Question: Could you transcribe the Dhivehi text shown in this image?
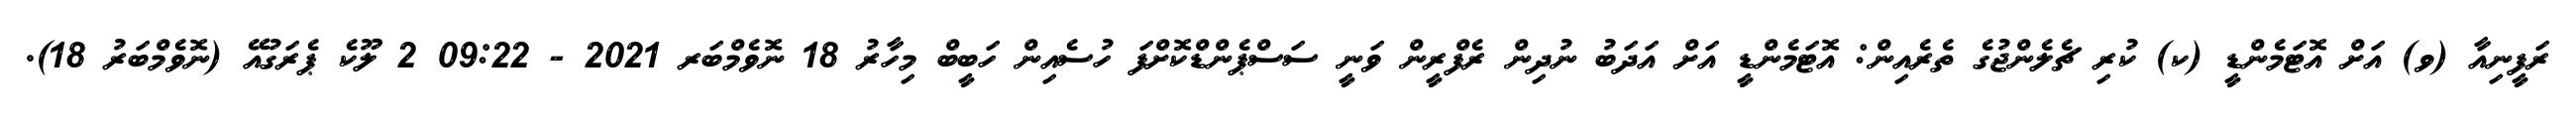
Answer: ރަފީނިއާ (ވ) އަށް އޮޓަމެންޑީ (ކ) ކުރި ޗެލެންޖުގެ ތެރެއިން: އޮޓަމެންޑީ އަށް އަދަބު ނުދިން ރެފްރީން ވަނީ ސަސްޕެންޑްކޮށްފަ ހުސެއިން ހަބީބް މިހާރު 18 ނޮވެމްބަރ 2021 - 09:22 2 ލޫކެ ޕެރަގުއޭ (ނޮވެމްބަރު 18).